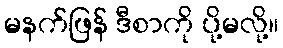
မနက်ဖြန် ဒီစာကို ပို့မလို့။